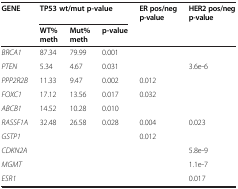
<table><thead><tr><td><b>GENE</b></td><td colspan="3"><b>TP53 wt/mut p-value</b></td><td><b>ER pos/neg p-value</b></td><td><b>HER2 pos/neg p-value</b></td></tr><tr><td><b> </b></td><td><b>WT% meth</b></td><td><b>Mut% meth</b></td><td><b>p-value</b></td><td><b> </b></td><td><b> </b></td></tr></thead><tbody><tr><td><i>BRCA1</i></td><td>87.34</td><td>79.99</td><td>0.001</td><td> </td><td> </td></tr><tr><td><i>PTEN</i></td><td>5.34</td><td>4.67</td><td>0.031</td><td> </td><td>3.6e-6</td></tr><tr><td><i>PPP2R2B</i></td><td>11.33</td><td>9.47</td><td>0.002</td><td>0.012</td><td> </td></tr><tr><td><i>FOXC1</i></td><td>17.12</td><td>13.56</td><td>0.017</td><td>0.032</td><td> </td></tr><tr><td><i>ABCB1</i></td><td>14.52</td><td>10.28</td><td>0.010</td><td> </td><td> </td></tr><tr><td><i>RASSF1A</i></td><td>32.48</td><td>26.58</td><td>0.028</td><td>0.004</td><td>0.023</td></tr><tr><td><i>GSTP1</i></td><td> </td><td> </td><td> </td><td>0.012</td><td> </td></tr><tr><td><i>CDKN2A</i></td><td> </td><td> </td><td> </td><td> </td><td>5.8e-9</td></tr><tr><td><i>MGMT</i></td><td> </td><td> </td><td> </td><td> </td><td>1.1e-7</td></tr><tr><td><i>ESR1</i></td><td> </td><td> </td><td> </td><td> </td><td>0.017</td></tr></tbody></table>